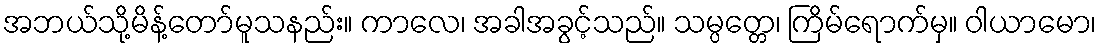
အဘယ်သို့မိန့်တော်မူသနည်း။ ကာလေ၊ အခါအခွင့်သည်။ သမ္ပတ္တေ၊ ကြိမ်ရောက်မှ။ ဝါယာမော၊